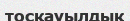
тосқауылдық